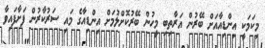
މިކަމަކީ އިންޑިއާއަށް ބޭރުން އަރާތިބި މީހުން ބޭރުކޮށްލުމަށް އިންޑިއާގެ މައި ސަރުކާރުން ފަށާފައިވާ